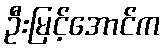
ဦးမြင့်အောင်က